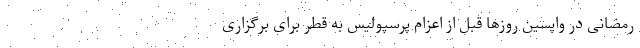
رمضانی در واپسین روزها قبل از اعزام پرسپولیس به قطر برای برگزاری